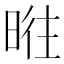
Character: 暀